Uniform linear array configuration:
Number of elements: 32
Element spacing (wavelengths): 1
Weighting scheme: blackman
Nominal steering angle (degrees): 45
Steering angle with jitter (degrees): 46.124
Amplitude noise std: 0.05
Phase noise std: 0.05

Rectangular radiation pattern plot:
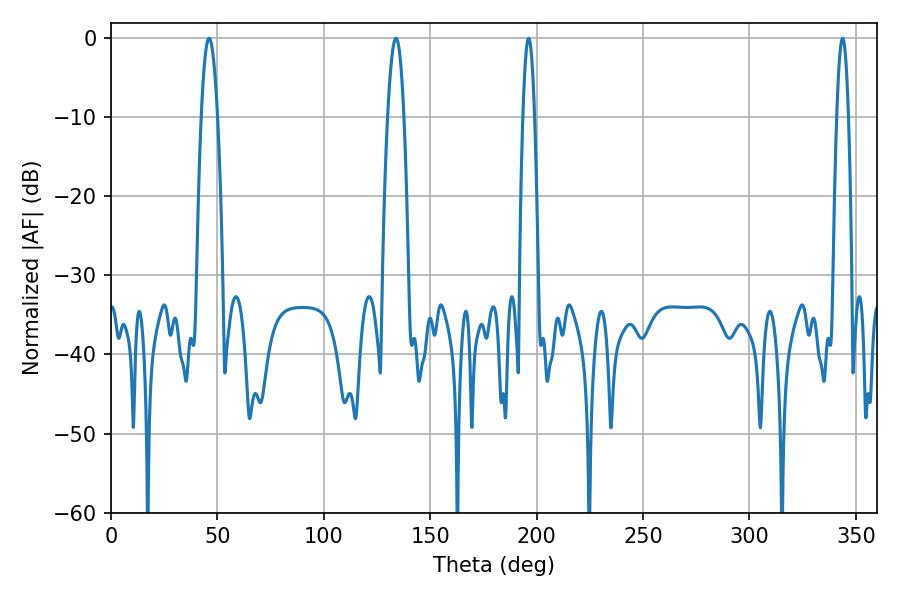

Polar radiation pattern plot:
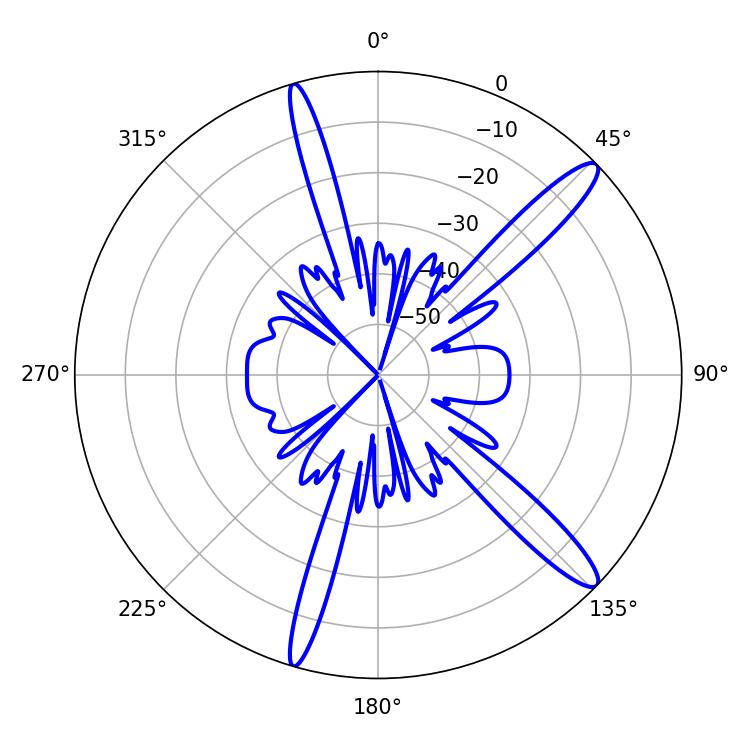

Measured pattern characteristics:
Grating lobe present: TRUE
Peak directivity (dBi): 13.846
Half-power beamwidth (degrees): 4.14
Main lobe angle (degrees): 46.08